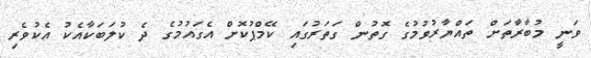
ވަނީ މުބާރާތަށް ތައްޔާރުވުމުގެ ގޮތުން ގަތަރުގައި ކޭމްޕުކޮށް އެގައުމުގެ ދެ ކުލަބަކާއެކު އެކުވެރި